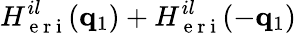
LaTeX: H_{\mathrm{~e~r~i~}}^{il}(\mathbf{q}_{1})+H_{\mathrm{~e~r~i~}}^{il}(-\mathbf{q}_{1})